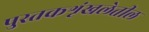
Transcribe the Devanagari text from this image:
पुस्तकशृंखलेतील